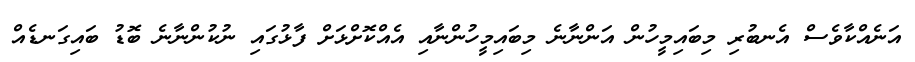
އަނެއްކާވެސް އެނބުރި މިބައިމީހުން އަންނާނެ މިބައިމީހުންނާއި އެއްކޮށްޅަށް ފާޅުގައި ނުކުންނާނެ ބޮޑު ބައިގަނޑެއް